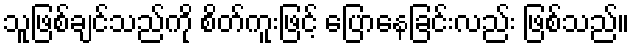
သူဖြစ်ချင်သည်ကို စိတ်ကူးဖြင့် ပြောနေခြင်းလည်း ဖြစ်သည်။